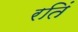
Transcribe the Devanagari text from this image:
रतिं